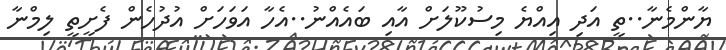
ޔާންމެނާ..ތީ އަދި އިއްޔެ މިސުކޫލަށް އާއި ބައެއްނު..އެހާ އަވަހަށް އުދުހެން ފެށީތީ ލިމްނާ